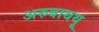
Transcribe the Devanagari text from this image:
अरुबाथथू